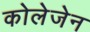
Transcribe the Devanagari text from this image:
कोलेजेन